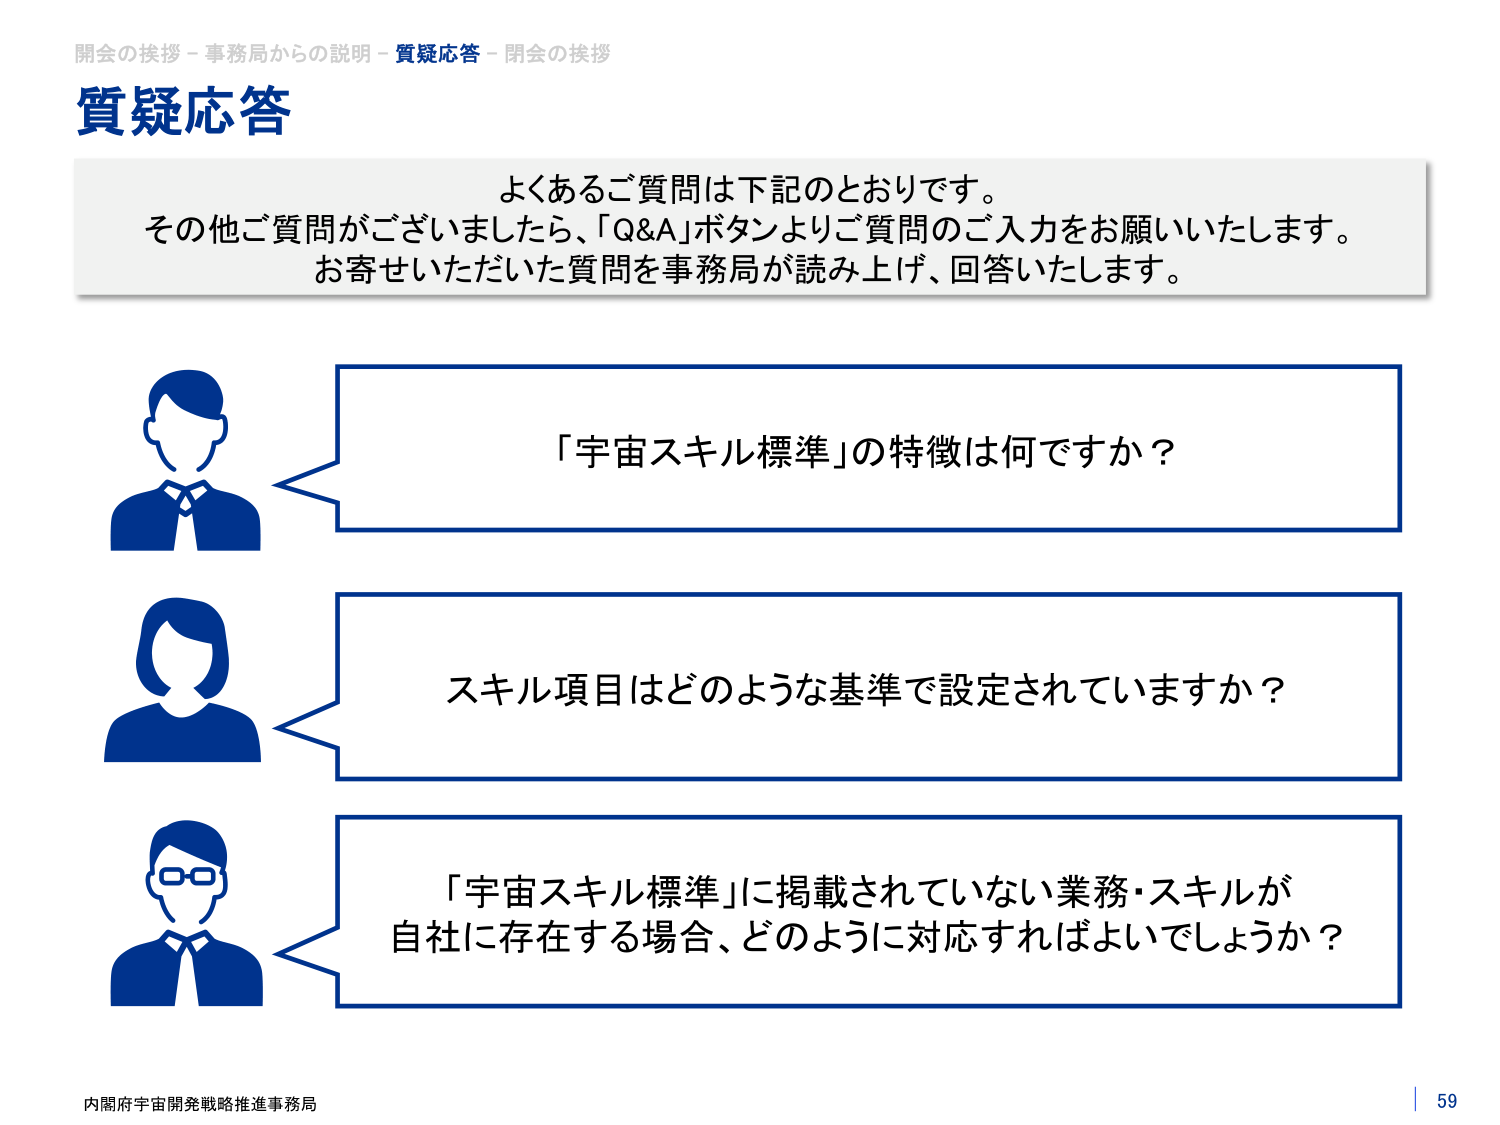
開会の挨拶－事務局からの説明－質疑応答－閉会の挨拶
質疑応答
よくあるご質問は下記のとおりです。
その他ご質問がございましたら、「Q&A」ボタンよりご質問のご入力をお願いいたします。
お寄せいただいた質問を事務局が読み上げ、回答いたします。
「宇宙スキル標準」の特徴は何ですか？
スキル項目はどのような基準で設定されていますか？
「宇宙スキル標準」に掲載されていない業務・スキルが
自社に存在する場合、どのように対応すればよいでしょうか？
内閣府宇宙開発戦略推進事務局
59